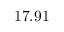
1 7 . 9 1 \